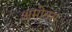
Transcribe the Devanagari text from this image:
अमोनस